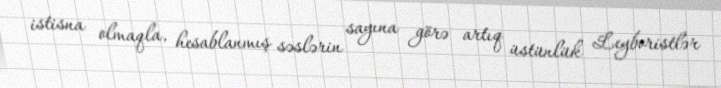
istisna olmaqla, hesablanmış səslərin sayına görə artıq üstünlük Leyboristlər